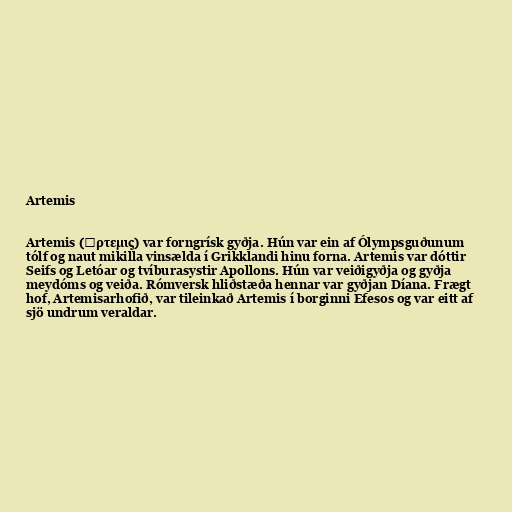
Artemis

Artemis (Ἄρτεμις) var forngrísk gyðja. Hún var ein af Ólympsguðunum
tólf og naut mikilla vinsælda í Grikklandi hinu forna. Artemis var dóttir
Seifs og Letóar og tvíburasystir Apollons. Hún var veiðigyðja og gyðja
meydóms og veiða. Rómversk hliðstæða hennar var gyðjan Díana. Frægt
hof, Artemisarhofið, var tileinkað Artemis í borginni Efesos og var eitt af
sjö undrum veraldar.